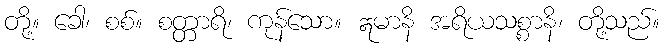
တို့။ ခေါ၊ စစ်။ စတ္တာရိ၊ ကုန်သော။ ဣမာနိ အရိယသစ္စာနိ၊ တို့သည်။